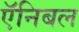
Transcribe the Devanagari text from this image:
ऍनिबल